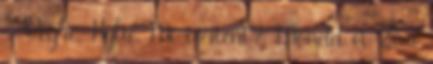
- Végre, Kylie Mi történt? Mondd el – a